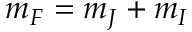
m _ { F } = m _ { J } + m _ { I }